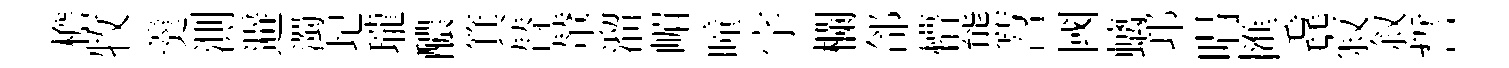
檐牧羹測避濁圮瓏醲箕替輦溜嵋曈字欄郃懵熊苕國螭邛唱匯毳寂叙誓